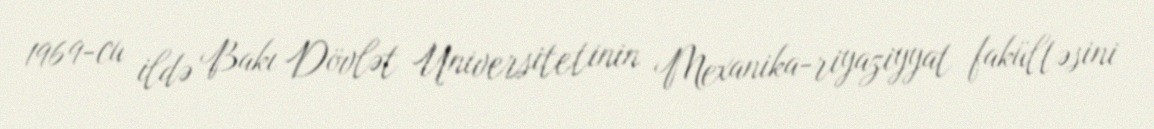
1969-cu ildə Bakı Dövlət Universitetinin Mexanika-riyaziyyat fakültəsini